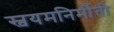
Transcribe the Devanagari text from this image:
स्वयमनिर्मीती